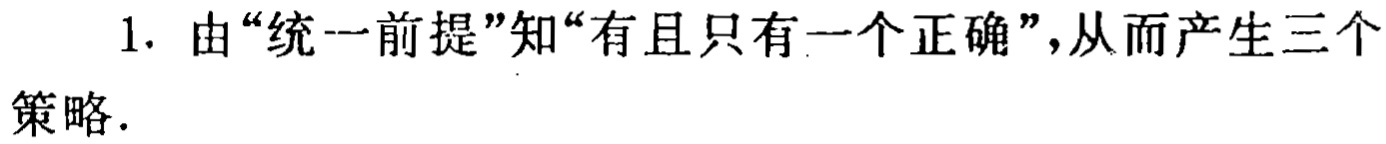
1. 由“统一前提”知“有且只有一个正确”，从而产生三个策略.